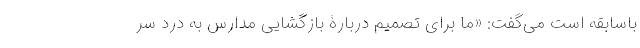
باسابقه است می‌گفت: «ما برای تصمیم دربارۀ بازگشایی مدارس به درد سر